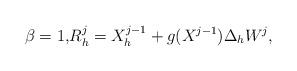
LaTeX: \begin{align*} \beta = 1,& R_h^j = X^{j-1}_h + g(X^{j-1}) \Delta_h W^j, \end{align*}